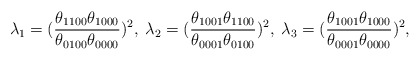
\begin{align*}\lambda_1 =(\frac{\theta_{1100}\theta_{1000}}{\theta_{0100}\theta_{0000}})^2,\;\lambda_2=(\frac{\theta_{1001}\theta_{1100}}{\theta_{0001}\theta_{0100}})^2,\;\lambda_3=(\frac{\theta_{1001}\theta_{1000}}{\theta_{0001}\theta_{0000}})^2,\end{align*}